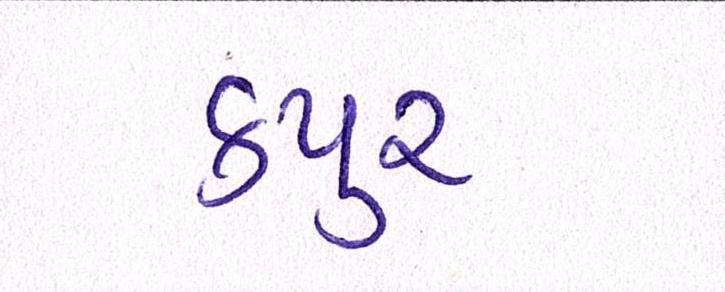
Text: કપુર